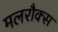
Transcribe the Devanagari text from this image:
मलरौक्स